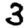
Digit: 3